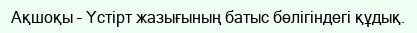
Ақшоқы – Үстірт жазығының батыс бөлігіндегі құдық.